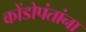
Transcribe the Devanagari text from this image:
कोंडोपंतांना